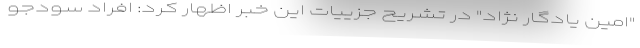
"امین یادگار نژاد" در تشریح جزییات این خبر اظهار کرد: افراد سودجو